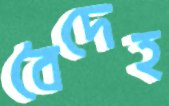
বৈদেহ